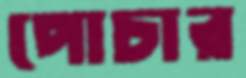
পোচার